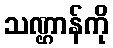
သဏ္ဌာန်ကို